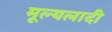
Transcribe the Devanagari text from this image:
मूल्यलादी